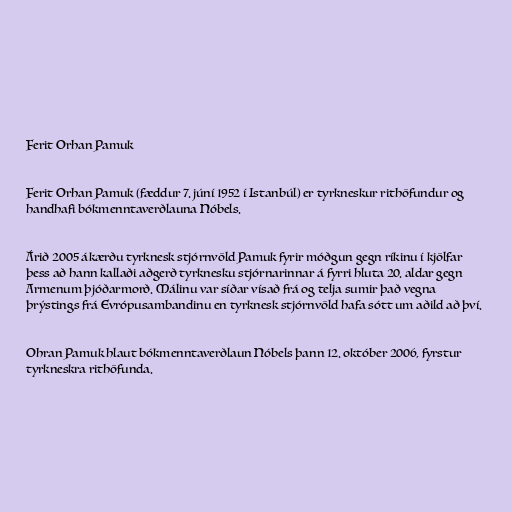
Ferit Orhan Pamuk

Ferit Orhan Pamuk (fæddur 7. júní 1952 í Istanbúl) er tyrkneskur rithöfundur og
handhafi bókmenntaverðlauna Nóbels.

Árið 2005 ákærðu tyrknesk stjórnvöld Pamuk fyrir móðgun gegn ríkinu í kjölfar
þess að hann kallaði aðgerð tyrknesku stjórnarinnar á fyrri hluta 20. aldar gegn
Armenum þjóðarmorð. Málinu var síðar vísað frá og telja sumir það vegna
þrýstings frá Evrópusambandinu en tyrknesk stjórnvöld hafa sótt um aðild að því.

Ohran Pamuk hlaut bókmenntaverðlaun Nóbels þann 12. október 2006, fyrstur
tyrkneskra rithöfunda.